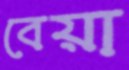
বেয়া